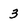
Character: 3